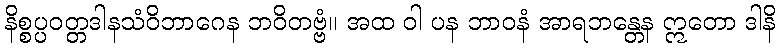
နိစ္စပ္ပဝတ္တဒါနသံဝိဘာဂေန ဘဝိတဗ္ဗံ။ အထ ဝါ ပန ဘာဝနံ အာရဘန္တေန ဣတော ဒါနိ